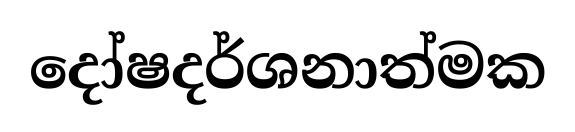
දෝෂදර්ශනාත්මක